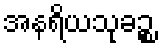
အနရိယသုခဉ္စ